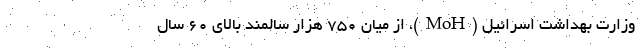
وزارت بهداشت اسرائیل (MoH)، از میان 750 هزار سالمند بالای 60 سال